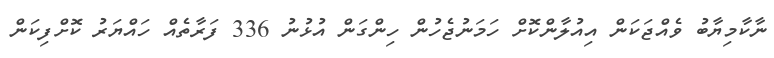
ނާކާމިޔާބު ވެއްޖަކަން އިއުލާންކޮށް ހަމަނުޖެހުން ހިންގަން އުޅުނު 336 ފަރާތެއް ހައްޔަރު ކޮށްފިކަން